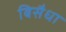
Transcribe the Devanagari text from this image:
बिसैधा